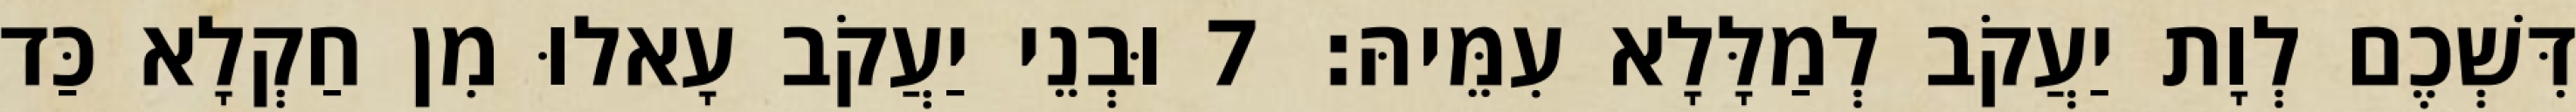
דִּשְׁכֶם לְוָת יַעֲקֹב לְמַלָּלָא עִמֵּיהּ׃ 7 וּבְנֵי יַעֲקֹב עָאלוּ מִן חַקְלָא כַּד